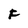
Character: F